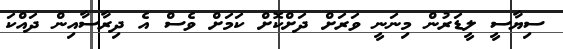
ސިޔާސީ ލީޑަރުން މިނަނީ ވަރަށް ދަށްކޮށް ކަމަށް ވެސް އެ ދިރާސާއިން ދައްކަ